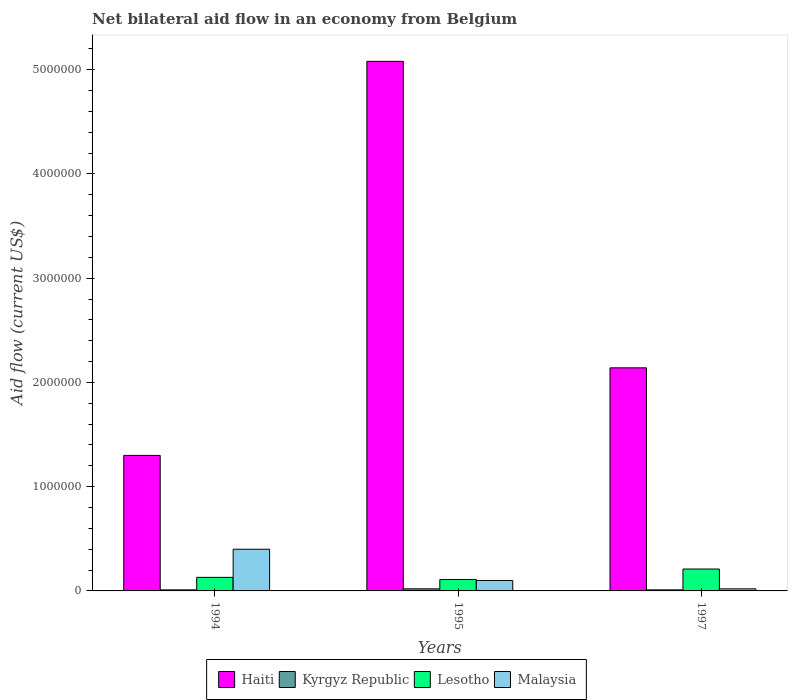
| Years | Haiti | Kyrgyz Republic | Lesotho | Malaysia |
 | --- | --- | --- | --- | --- |
 | 1994 | 1.3e+06 | 1e+04 | 1.3e+05 | 4e+05 |
 | 1995 | 5.08e+06 | 2e+04 | 1.1e+05 | 1e+05 |
 | 1997 | 2.14e+06 | 1e+04 | 2.1e+05 | 2e+04 |